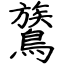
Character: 鷟